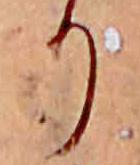
り